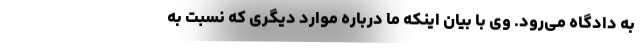
به دادگاه می‌رود. وی با بیان اینکه ما درباره موارد دیگری که نسبت به